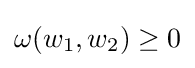
\omega (w_{1},w_{2})\geq 0